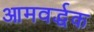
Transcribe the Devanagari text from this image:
आमवर्द्धक